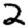
Digit: 2